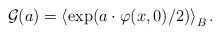
\begin{align*}\mathcal{G}(a)=\left\langle \exp (a\cdot \varphi (x,0)/2)\right\rangle _{B}.\end{align*}